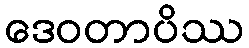
ဒေဝတာပိဿ